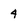
Character: 4